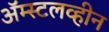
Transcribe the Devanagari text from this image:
ॲम्स्टलव्हीन